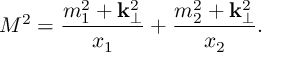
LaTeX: M ^ { 2 } = \frac { m _ { 1 } ^ { 2 } + { \bf k } _ { \perp } ^ { 2 } } { x _ { 1 } } + \frac { m _ { 2 } ^ { 2 } + { \bf k } _ { \perp } ^ { 2 } } { x _ { 2 } } .